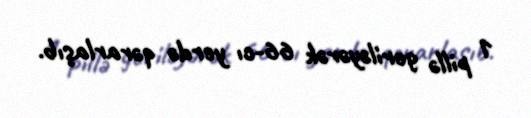
1 pillə geriləyərək 66-cı yerdə qərarlaşıb.